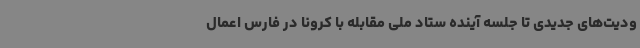
ودیت‌های جدیدی تا جلسه آینده ستاد ملی مقابله با کرونا در فارس اعمال